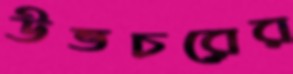
উভচরের